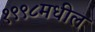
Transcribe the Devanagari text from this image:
१९९८मधील